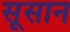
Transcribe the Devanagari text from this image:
सूसान